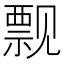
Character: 𫌬